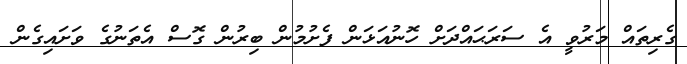
ގެރިތައް މަރުވީ އެ ސަރަޙައްދަށް ހޮނުއަޅަން ފެށުމުން ބިރުން ގޮސް އެތަނުގެ ވަށައިގެން